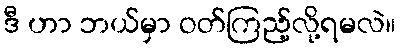
ဒီ ဟာ ဘယ်မှာ ဝတ်ကြည့်လို့ရမလဲ။